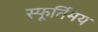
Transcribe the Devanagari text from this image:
स्फूर्तिमय